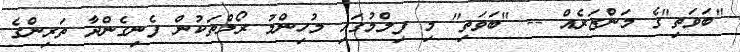
"ބަވަތި"ގެ މަންޒަރެއް -- "ބަވަތި" މި ފިލްމުގައި މުހިންމު ރޯލްތަކުން ފެނިގެންދާ ތަރިންގެ